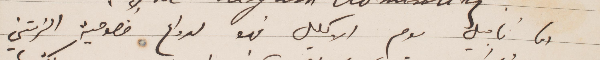
الى تأجيل يوم الاكليل فهو لدواع خصوصية  الزمتني